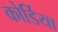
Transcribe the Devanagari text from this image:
कोर्डिया